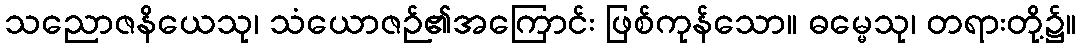
သညောဇနိယေသု၊ သံယောဇဉ်၏အကြောင်း ဖြစ်ကုန်သော။ ဓမ္မေသု၊ တရားတို့၌။